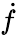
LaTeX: \dot{f}